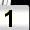
Digit: 1